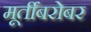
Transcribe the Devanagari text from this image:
मूर्तींबरोबर